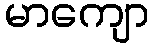
မာကျော